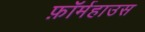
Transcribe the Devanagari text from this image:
फ़ॉर्महाउस